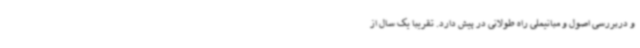
و دربررسی اصول و مبانیملی راه طولانی در پیش دارد. تقریبا یک سال از